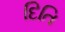
દિતિ